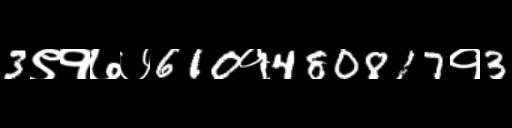
Text: 3९१७७610१480817१3